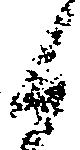
と